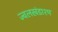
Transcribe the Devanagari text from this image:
ज्वलखंडाश्म